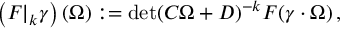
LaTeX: \left( F \vert _ { k } \gamma \right) ( \Omega ) : = \operatorname * { d e t } ( C \Omega + D ) ^ { - k } F ( \gamma \cdot \Omega ) \, ,